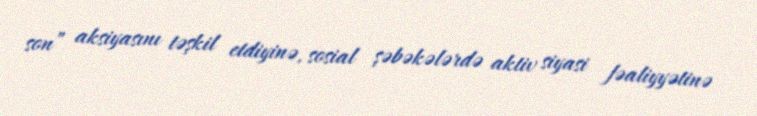
son” aksiyasını təşkil etdiyinə, sosial şəbəkələrdə aktiv siyasi fəaliyyətinə